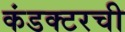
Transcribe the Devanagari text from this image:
कंडक्टरची